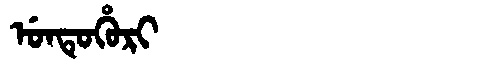
Manchu: ᡠᠨᡨᡠᡥᡠᡵᡳ
Romanization: UNTUHURI